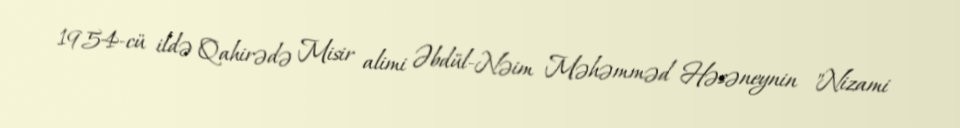
1954-cü ildə Qahirədə Misir alimi Əbdül-Nəim Məhəmməd Həsəneynin "Nizami